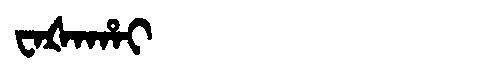
Manchu: ᠸᠠᡧᠠᡥᠠᡳ
Romanization: WAŠAHAI